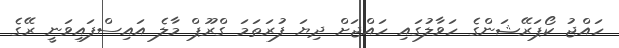
ހައްޖު ކޯޕަރޭޝަންގެ ހަވާލުގައި ހައްޖަށް ދިޔަ ފުރަތަމަ ގްރޫޕް މާލެ އައިސްފައިވަނީ ރޭގެ